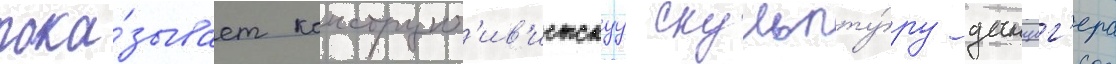
пока́зывает конструкт'ив'истскуу скульпту́ру данциг'ера